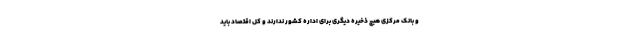
و بانک مرکزی هیچ ذخیره دیگری برای اداره کشور ندارند و کل اقتصاد باید